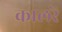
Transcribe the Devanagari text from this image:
कालरें